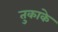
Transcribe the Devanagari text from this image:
तुकाके